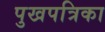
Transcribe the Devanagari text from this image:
पुखपत्रिका